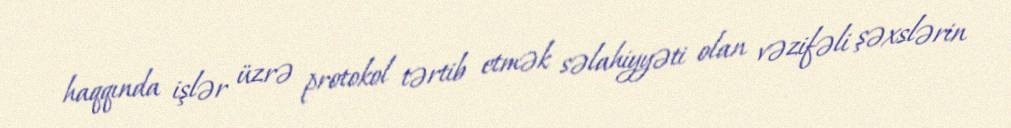
haqqında işlər üzrə protokol tərtib etmək səlahiyyəti olan vəzifəli şəxslərin